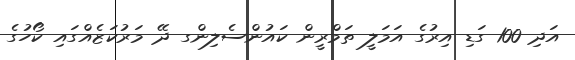
އަދި 100 ގަޑި އިރުގެ އަމަލީ ތަމްރީން ކައުންސެލިންގ ދޭ މަރުކަޒެއްގައި ކޯހުގެ